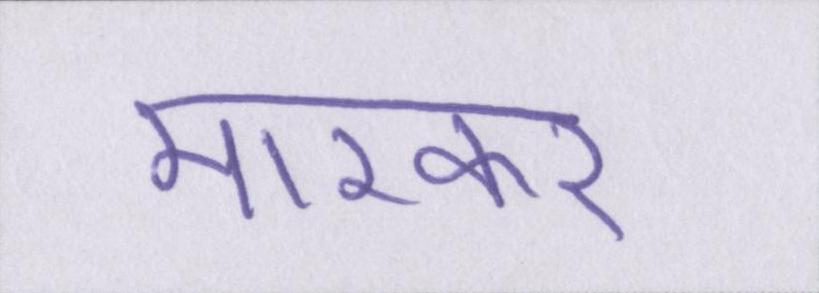
मारकर